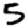
Digit: 5